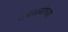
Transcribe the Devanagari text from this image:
गवळ्यांच्या